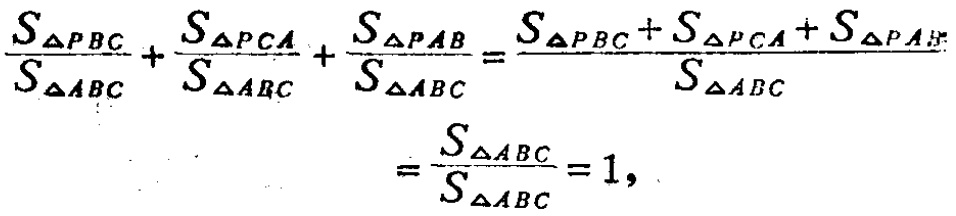
\[

\begin{align*}

\frac{S_{\triangle PBC}}{S_{\triangle ABC}}+\frac{S_{\triangle PCA}}{S_{\triangle ABC}}+\frac{S_{\triangle PAB}}{S_{\triangle ABC}}&=\frac{S_{\triangle PBC}+S_{\triangle PCA}+S_{\triangle PAB}}{S_{\triangle ABC}}\\

&=\frac{S_{\triangle ABC}}{S_{\triangle ABC}} = 1,

\end{align*}

\]